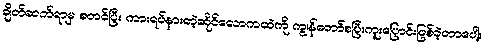
ချိတ်ဆက်ရာမှ စတင်ပြီး ကားရပ်နားတဲ့ဆိုင်လောကထဲကို ကျွန်တော်စပြီးကူးပြောင်းဖြစ်ခဲ့တာပေါ့။